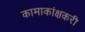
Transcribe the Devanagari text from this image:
कामाकांक्षकरी